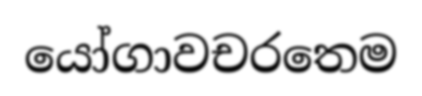
යෝගාවචරතෙම